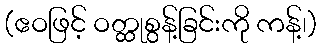
(ဧဝဖြင့် ဝတ္ထုစွန့်ခြင်းကို ကန့်၊)